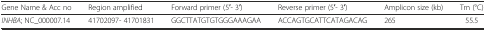
| Gene Name & Acc no | Region amplified | Forward primer (5′- 3′) | Reverse primer (5′- 3′) | Amplicon size (kb) | Tm (°C) |
 | --- | --- | --- | --- | --- | --- |
 | INHBA; NC_000007.14 | 41702097- 41701831 | GGCTTATGTGTGGGAAAGAA | ACCAGTGCATTCATAGACAG | 265 | 55.5 |